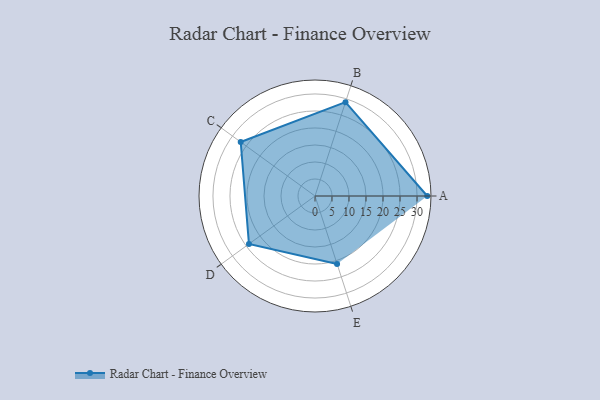
{"axis": {"x": "Skill", "y": "Score"}, "legend": ["Profile"], "data": [{"x": "A", "y": 33.0, "type": "Profile"}, {"x": "B", "y": 29.0, "type": "Profile"}, {"x": "C", "y": 27.0, "type": "Profile"}, {"x": "D", "y": 24.0, "type": "Profile"}, {"x": "E", "y": 21.0, "type": "Profile"}]}